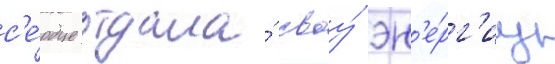
с'е́рдце отдала́ своу́ эн'е́рг'иу